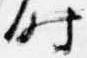
時